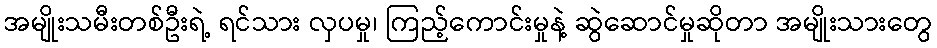
အမျိုးသမီးတစ်ဦးရဲ့ ရင်သား လှပမှု၊ ကြည့်ကောင်းမှုနဲ့ ဆွဲဆောင်မှုဆိုတာ အမျိုးသားတွေ